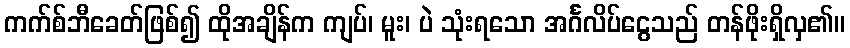
ကက်စ်ဘီခေတ်ဖြစ်၍ ထိုအချိန်က ကျပ်၊ မူး၊ ပဲ သုံးရသော အင်္ဂလိပ်ငွေသည် တန်ဖိုးရှိလှ၏။